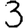
Digit: 3